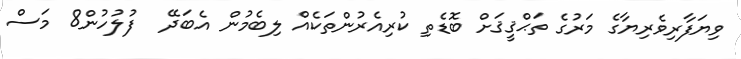
ވިޔަފާރިވެރިޔާގެ މަރުގެ ތަޙްޤީޤަށް ބޮޑެތި ކުރިއެރުންތަކެއް ލިބެމުން އެބަދޭ  ފުލުހުން8 މަސް